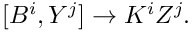
[ B ^ { i } , Y ^ { j } ] \rightarrow K ^ { i } Z ^ { j } .